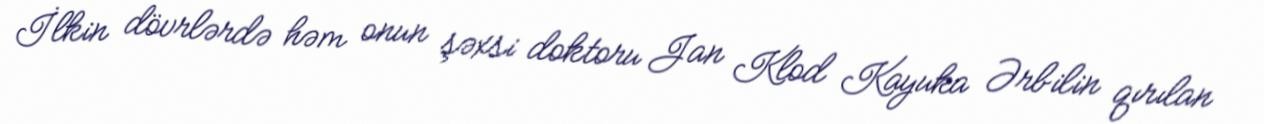
İlkin dövrlərdə həm onun şəxsi doktoru Jan Klod Kayuka Ərbilin qırılan